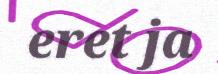
eret ja